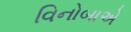
વિનોબાએ